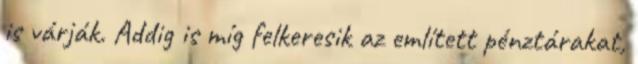
is várják. Addig is míg felkeresik az említett pénztárakat,